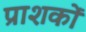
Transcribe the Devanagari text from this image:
प्राशकों